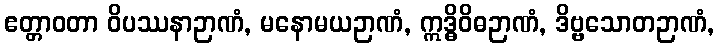
ဧတ္တာဝတာ ဝိပဿနာဉာဏံ, မနောမယဉာဏံ, ဣဒ္ဓိဝိဓဉာဏံ, ဒိဗ္ဗသောတဉာဏံ,